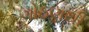
ગોઠણથી